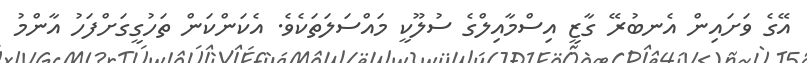
އޭގެ ވަށައިން އެނބުރޭ ގާޒީ އިސްމާއިލްގެ ސުލޫކީ މައްސަލަތަކެވެ. އެކަންކަން ތަހުގީގަށްފަހު އާންމު